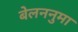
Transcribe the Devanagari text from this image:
बेलननुमा